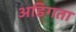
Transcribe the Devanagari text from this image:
अडिगता